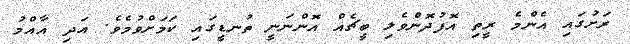
ރަށުގައި އެންމެ ރީތި އޮފުދޮންވެލި ބީޗެއް އޮންނަނީ ތުނޑީގައި ކަމަށްވުމެވެ. އަދި އާއްމު